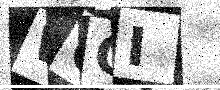
Text: WQOI